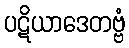
ပဋိယာဒေတဗ္ဗံ